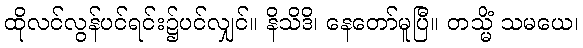
ထိုလင်လွန်ပင်ရင်း၌ပင်လျှင်။ နိသိဒိ၊ နေတော်မူပြီ။ တသ္မိံ သမယေ၊